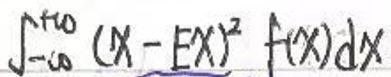
$\int_{-\infty}^{\infty} (x - EX)^2 f(x)dx$